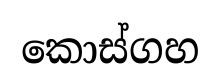
කොස්ගහ